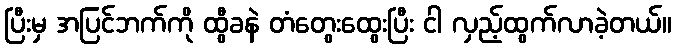
ပြီးမှ အပြင်ဘက်ကို ထွီခနဲ တံတွေးထွေးပြီး ငါ လှည့်ထွက်လာခဲ့တယ်။